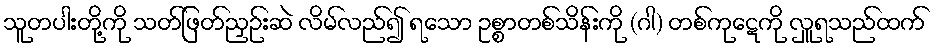
သူတပါးတို့ကို သတ်ဖြတ်ညှဉ်းဆဲ လိမ်လည်၍ ရသော ဥစ္စာတစ်သိန်းကို (ဂါ) တစ်ကုဋေကို လှူရသည်ထက်